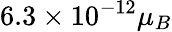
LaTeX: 6.3\times 10^{-12}\mu_{B}